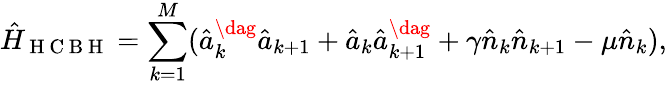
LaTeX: \hat{H}_{\mathrm{~H~C~B~H~}}=\sum_{k=1}^{M}(\hat{a}_{k}^{\dag}\hat{a}_{k+1}+\hat{a}_{k}\hat{a}_{k+1}^{\dag}+\gamma\hat{n}_{k}\hat{n}_{k+1}-\mu\hat{n}_{k}),